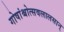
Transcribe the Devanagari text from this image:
गोषांश्चोत्सवलालसान्‌